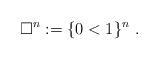
LaTeX: \begin{align*}\square^n := \{0 < 1\}^{n}\ .\end{align*}